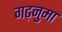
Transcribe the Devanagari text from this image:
गढ़नुमा